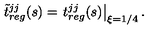
{ \tilde { t } } { } _ { r e g } ^ { j j } ( s ) = \left. t { } _ { r e g } ^ { j j } ( s ) \right| _ { \xi = 1 / 4 } .